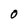
Character: 0